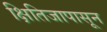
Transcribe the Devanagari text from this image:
क्षितिजापासून